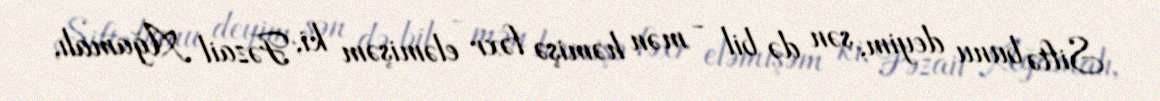
Siftə bunu deyim, sən də bil - mən həmişə fəxr eləmişəm ki, Fəzail Ağamalı,